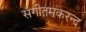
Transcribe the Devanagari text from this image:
संगीतमकरन्द